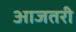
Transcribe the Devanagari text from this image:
आजतरी